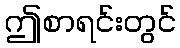
ဤစာရင်းတွင်